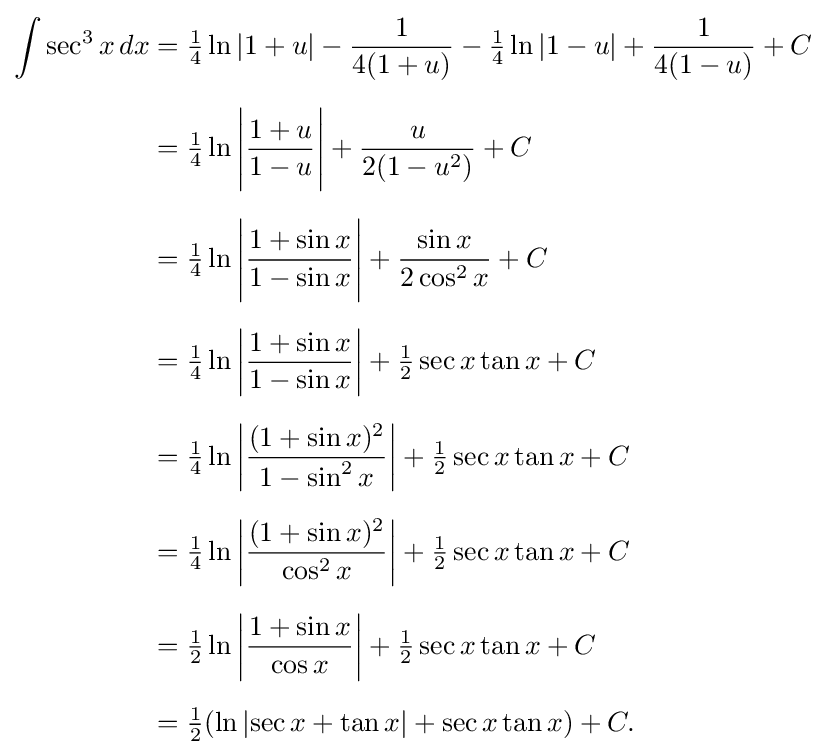
{\begin{aligned}\int \sec ^{3}x\,dx&={\tfrac {1}{4}}\ln |1+u|-{\frac {1}{4(1+u)}}-{\tfrac {1}{4}}\ln |1-u|+{\frac {1}{4(1-u)}}+C\\[6pt]&={\tfrac {1}{4}}\ln {\Biggl |}{\frac {1+u}{1-u}}{\Biggl |}+{\frac {u}{2(1-u^{2})}}+C\\[6pt]&={\tfrac {1}{4}}\ln {\Biggl |}{\frac {1+\sin x}{1-\sin x}}{\Biggl |}+{\frac {\sin x}{2\cos ^{2}x}}+C\\[6pt]&={\tfrac {1}{4}}\ln \left|{\frac {1+\sin x}{1-\sin x}}\right|+{\tfrac {1}{2}}\sec x\tan x+C\\[6pt]&={\tfrac {1}{4}}\ln \left|{\frac {(1+\sin x)^{2}}{1-\sin ^{2}x}}\right|+{\tfrac {1}{2}}\sec x\tan x+C\\[6pt]&={\tfrac {1}{4}}\ln \left|{\frac {(1+\sin x)^{2}}{\cos ^{2}x}}\right|+{\tfrac {1}{2}}\sec x\tan x+C\\[6pt]&={\tfrac {1}{2}}\ln \left|{\frac {1+\sin x}{\cos x}}\right|+{\tfrac {1}{2}}\sec x\tan x+C\\[6pt]&={\tfrac {1}{2}}(\ln \left|\sec x+\tan x\right|+\sec x\tan x)+C.\end{aligned}}